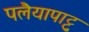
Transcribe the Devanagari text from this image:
पलैयापाट्टु